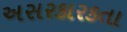
અસરકારકતા